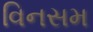
વિનસમ